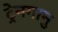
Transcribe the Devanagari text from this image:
ट्रेनगानु